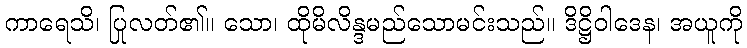
ကာရေသိ၊ ပြုလတ်၏။ သော၊ ထိုမိလိန္ဒမည်သောမင်းသည်။ ဒိဋ္ဌိဝါဒေန၊ အယူကို